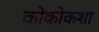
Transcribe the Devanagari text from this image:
कोकोकशा